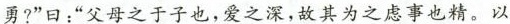
勇?”曰：”父母之于子也，爱之深，故其为之虑事也精。以